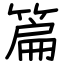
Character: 篇